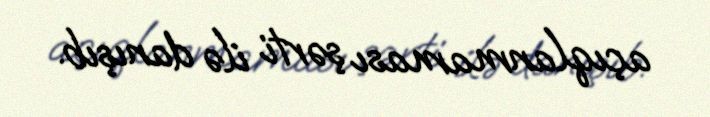
açıqlanmaması şərti ilə danışıb.